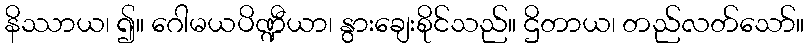
နိဿာယ၊ ၍။ ဂေါမယပိဏ္ဍီယာ၊ နွားချေးစိုင်သည်။ ဌိတာယ၊ တည်လတ်သော်။